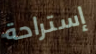
إستراحة